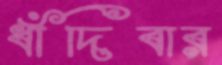
ধাঁদিবার